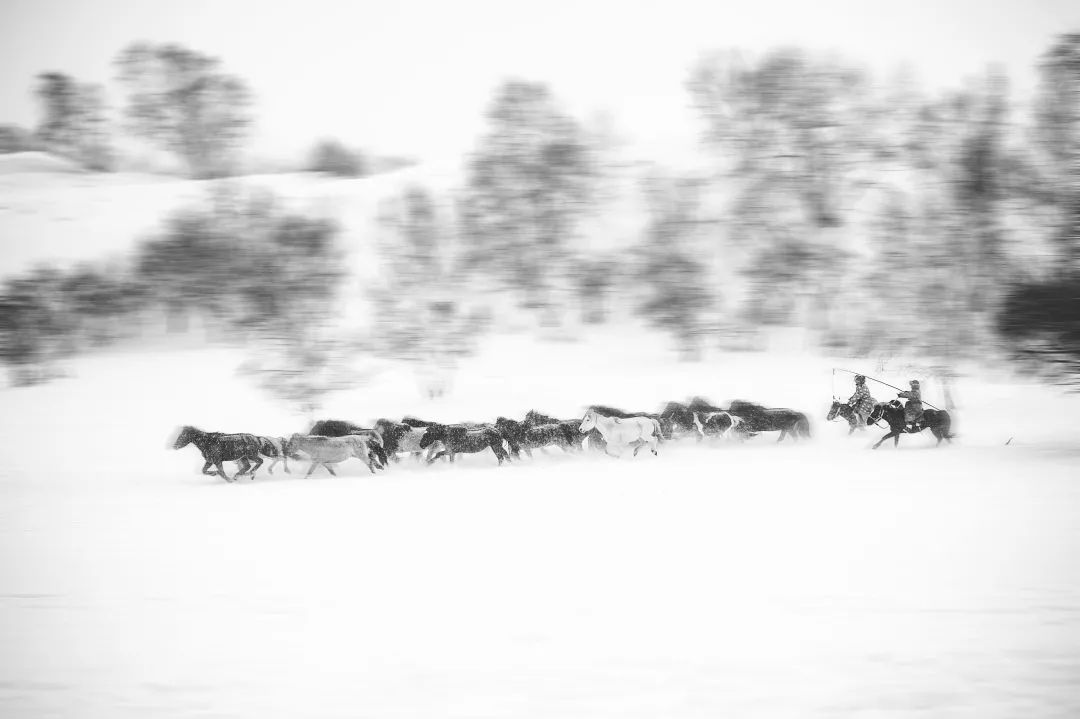
万里寒光生积雪，三边曙色动危旌。